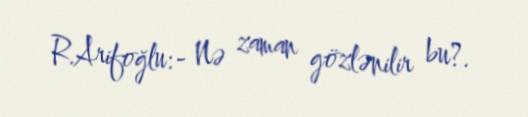
R.Arifoğlu:- Nə zaman gözlənilir bu?.